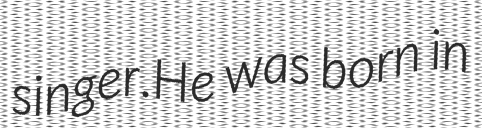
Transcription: singer.He was born in